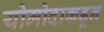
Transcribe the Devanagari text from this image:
योमोदाकडून